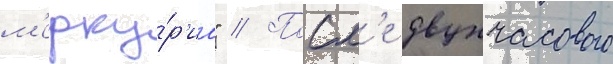
м'ерку́р'иа" // Посл'е двухчасового